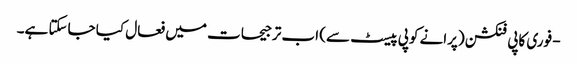
- فوری کاپی فنکشن (پرانے کوپی پیسٹ سے) اب ترجیحات میں فعال کیا جاسکتا ہے۔